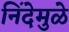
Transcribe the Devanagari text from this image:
निंदेमुळे